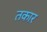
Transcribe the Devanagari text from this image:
तकार